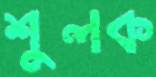
শুলক